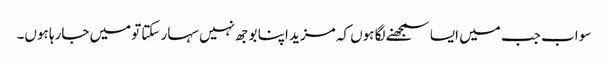
سو اب جب میں ایسا سمجھنے لگا ہوں کہ مزید اپنا بوجھ نہیں سہار سکتا تومیں جارہا ہوں۔